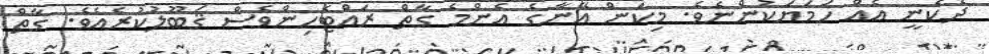
ދެކެނީ އެއް ހަމަޔަކުންނެވެ. މިކަން އޭނާގެ އެންމެ ގާތް ރައްޓެހިންވެސް ޤަބޫލުކުރެއެވެ. ގާތް